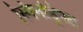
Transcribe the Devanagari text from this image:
स्पिनड्रिफ्ट